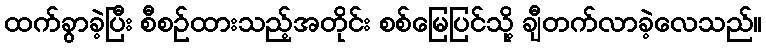
ထက်ခွာခဲ့ပြီး စီစဉ်ထားသည့်အတိုင်း စစ်မြေပြင်သို့ ချီတက်လာခဲ့လေသည်။